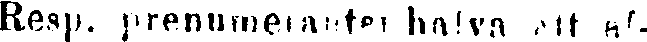
Resp. prenumeranten hafva ett af-